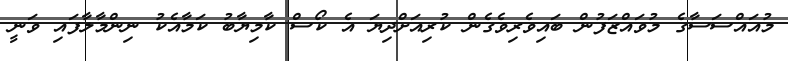
މުއައްސަސާގެ މުވައްޒަފުން ބައިވެރިވެގެން ކުރިއަށްދިޔަ އެ ކޯސް ކާމިޔާބު ކަމާއެކު ނިންމާލާފައި ވަނީ